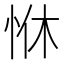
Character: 恘